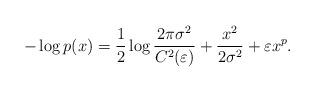
LaTeX: \begin{align*}-\log p(x)=\frac{1}{2} \log \frac{2 \pi \sigma^{2}}{C^{2}(\varepsilon)}+\frac{x^{2}}{2 \sigma^{2}} +\varepsilon x^{p}. \end{align*}